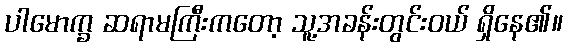
ပါမောက္ခ ဆရာမကြီးကတော့ သူ့အခန်းတွင်းဝယ် ရှိနေ၏။